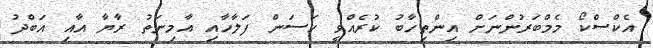
އެކްސްކޯ މެމްބަރުންނަށް އިންތިހާބު ކުރެއްވީ ހަސަން ފަލާހާއި އާމިނަތު ރާޔާ އާއި އަބްދު